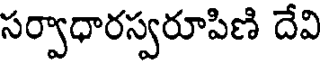
సర్వాధారస్వరూపిణి దేవి